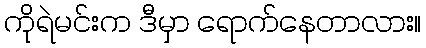
ကိုရဲမင်းက ဒီမှာ ရောက်နေတာလား။